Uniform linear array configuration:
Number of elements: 4
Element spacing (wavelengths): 0.25
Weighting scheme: uniform
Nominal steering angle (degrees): -60
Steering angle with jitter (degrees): -61.962
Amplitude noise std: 0.05
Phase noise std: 0.05

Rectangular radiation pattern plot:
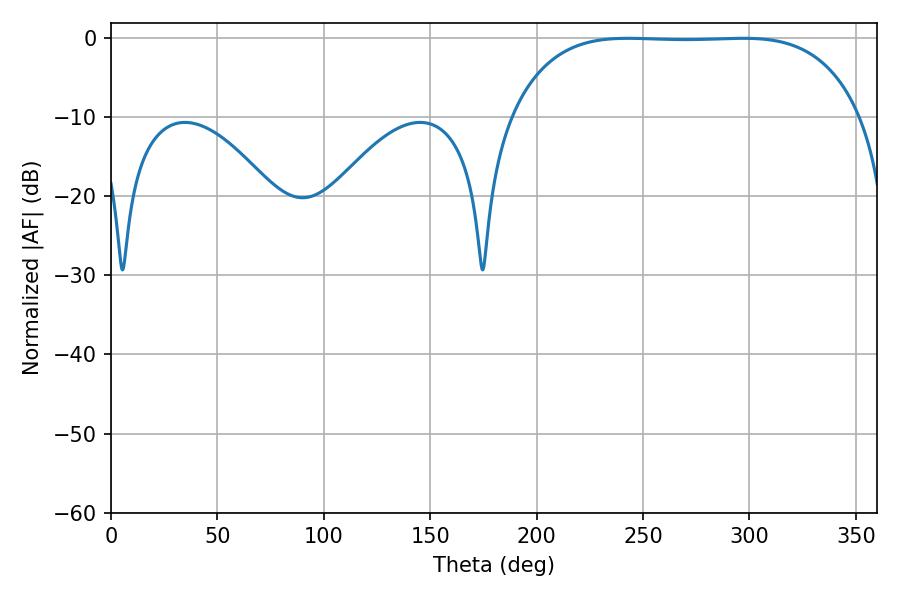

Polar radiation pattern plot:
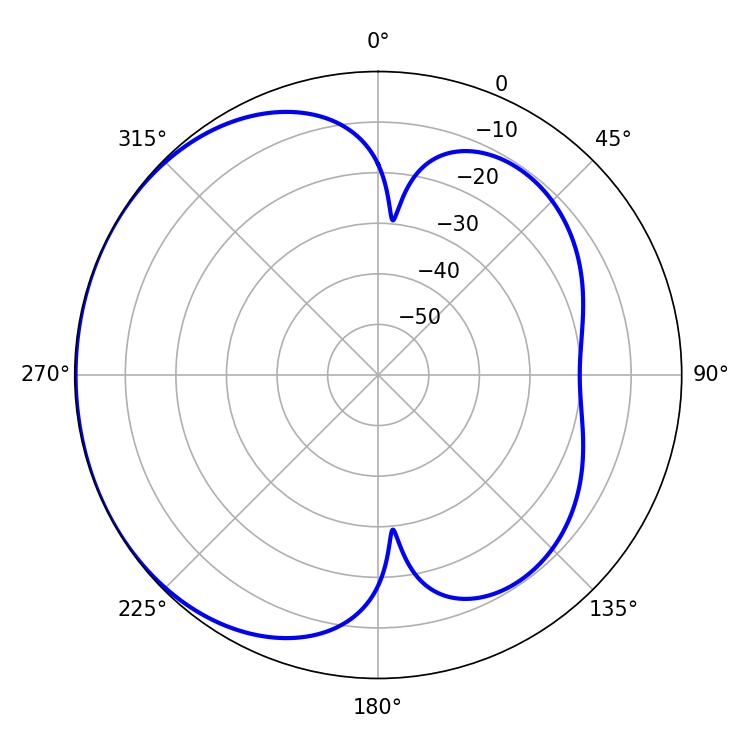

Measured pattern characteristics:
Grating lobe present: FALSE
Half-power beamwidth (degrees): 127.8
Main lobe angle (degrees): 243